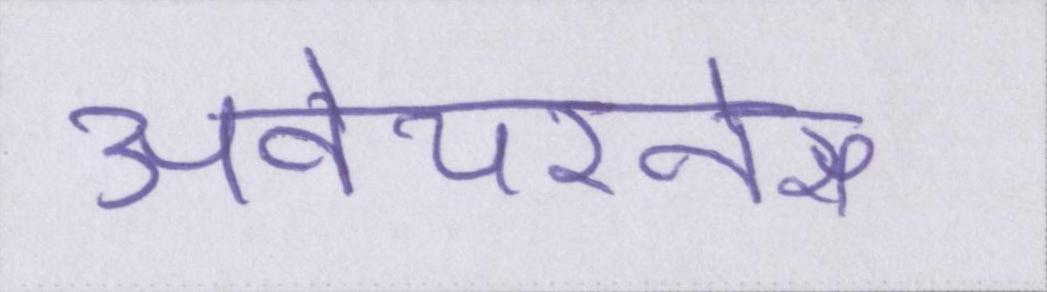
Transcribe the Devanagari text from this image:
अवेयरनेस